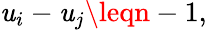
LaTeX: \mathit{u}_{i}-\mathit{u}_{j}\leqn-1,